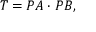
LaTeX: T = P A \cdot P B ,